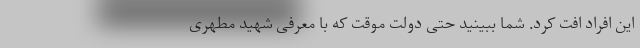
این افراد افت کرد. شما ببینید حتی دولت موقت که با معرفی شهید مطهری